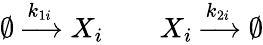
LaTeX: \begin{array}{rlr}{\emptyset\xrightarrow{k_{1i}}X_{i}}&{{}}&{X_{i}\xrightarrow{k_{2i}}\emptyset}\end{array}